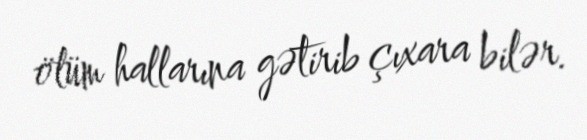
ölüm hallarına gətirib çıxara bilər.